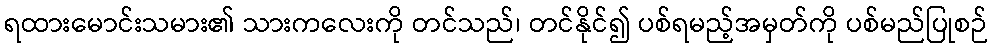
ရထားမောင်းသမား၏ သားကလေးကို တင်သည်၊ တင်နိုင်၍ ပစ်ရမည့်အမှတ်ကို ပစ်မည်ပြုစဉ်